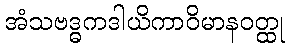
အံသဗဒ္ဓကဒါယိကာဝိမာနဝတ္ထု